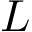
L